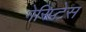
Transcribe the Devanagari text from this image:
गेरिप्टेस